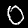
Label: 0